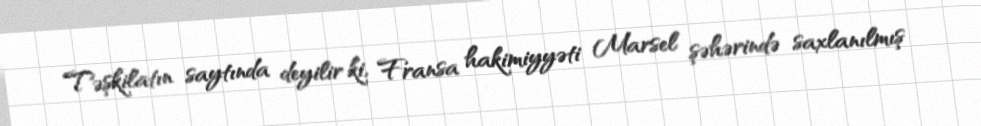
Təşkilatın saytında deyilir ki, Fransa hakimiyyəti Marsel şəhərində saxlanılmış